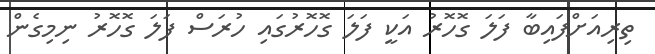
ތިރިއަށްފައިބާ ފަލަ ގޮހޮރު އަކީ ފަލަ ގޮހޮރުގައި ހުރަސް ފަލަ ގޮހޮރު ނިމިގެން